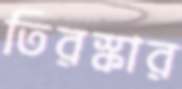
তিরস্কার